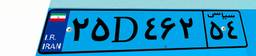
۹۰D۸۱۹۳۳